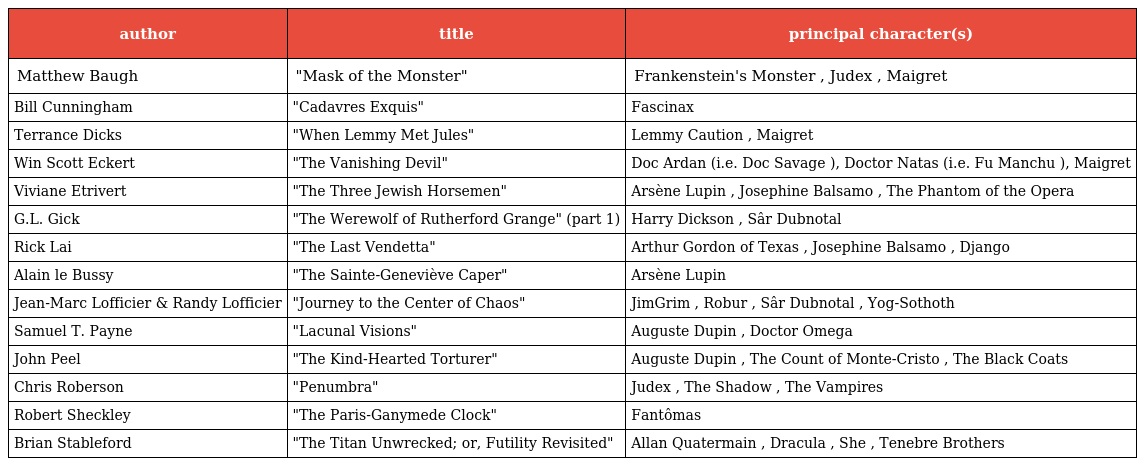
| author | title | principal character(s) |
 | --- | --- | --- |
 | Matthew Baugh | "Mask of the Monster" | Frankenstein's Monster , Judex , Maigret |
 | Bill Cunningham | "Cadavres Exquis" | Fascinax |
 | Terrance Dicks | "When Lemmy Met Jules" | Lemmy Caution , Maigret |
 | Win Scott Eckert | "The Vanishing Devil" | Doc Ardan (i.e. Doc Savage ), Doctor Natas (i.e. Fu Manchu ), Maigret |
 | Viviane Etrivert | "The Three Jewish Horsemen" | Arsène Lupin , Josephine Balsamo , The Phantom of the Opera |
 | G.L. Gick | "The Werewolf of Rutherford Grange" (part 1) | Harry Dickson , Sâr Dubnotal |
 | Rick Lai | "The Last Vendetta" | Arthur Gordon of Texas , Josephine Balsamo , Django |
 | Alain le Bussy | "The Sainte-Geneviève Caper" | Arsène Lupin |
 | Jean-Marc Lofficier & Randy Lofficier | "Journey to the Center of Chaos" | JimGrim , Robur , Sâr Dubnotal , Yog-Sothoth |
 | Samuel T. Payne | "Lacunal Visions" | Auguste Dupin , Doctor Omega |
 | John Peel | "The Kind-Hearted Torturer" | Auguste Dupin , The Count of Monte-Cristo , The Black Coats |
 | Chris Roberson | "Penumbra" | Judex , The Shadow , The Vampires |
 | Robert Sheckley | "The Paris-Ganymede Clock" | Fantômas |
 | Brian Stableford | "The Titan Unwrecked; or, Futility Revisited" | Allan Quatermain , Dracula , She , Tenebre Brothers |